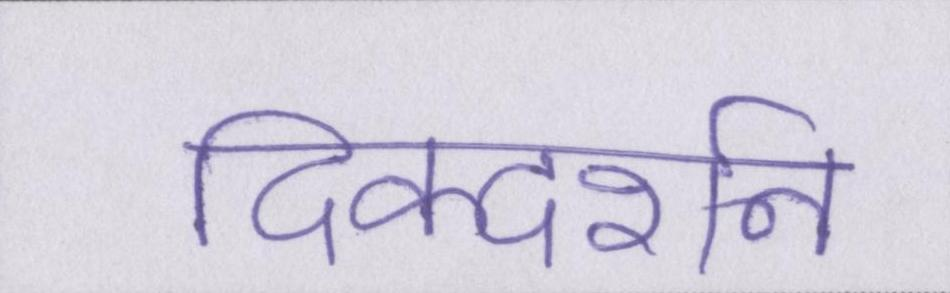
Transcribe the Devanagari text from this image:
दिक्दर्शन